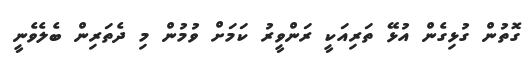
ގޮތުން ގުޅިގެން އުޅޭ ތަރިއަކީ ރަންވީރު ކަމަށް ވުމުން މި ދެތަރިން ބެލެވެނީ